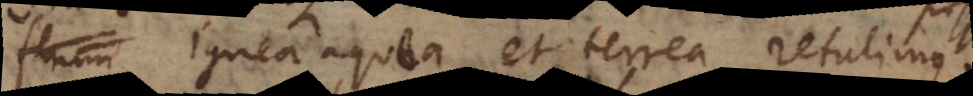
flamm ignea aquea et terrea retulimus.